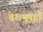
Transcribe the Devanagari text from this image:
वेशभूषाएँ